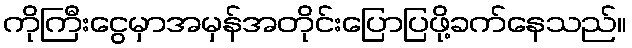
ကိုကြီးငွေမှာအမှန်အတိုင်းပြောပြဖို့ခက်နေသည်။